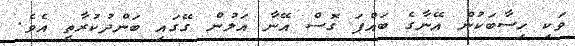
ވަކި ހިސާބަކުން އޭނާގެ ބައްޕަ ގޮސް އޭނާ އަލުން ގޭގައި ބަންދުކުރާތީ އެވެ.